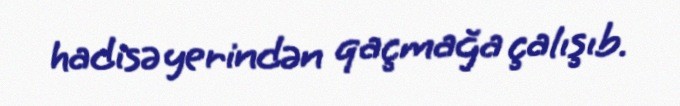
hadisə yerindən qaçmağa çalışıb.